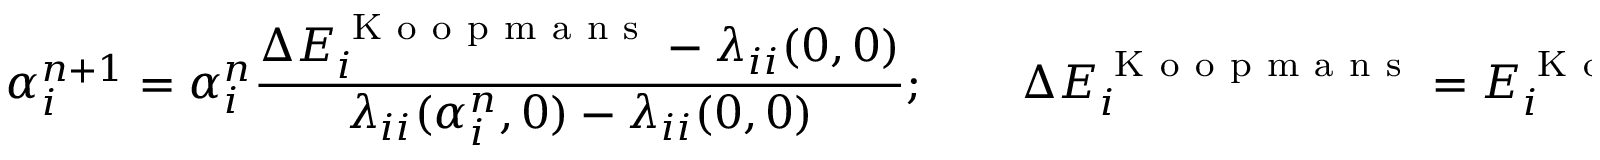
\alpha _ { i } ^ { n + 1 } = \alpha _ { i } ^ { n } \frac { \Delta E _ { i } ^ { \mathrm { ~ K ~ o ~ o ~ p ~ m ~ a ~ n ~ s ~ } } - \lambda _ { i i } ( 0 , 0 ) } { \lambda _ { i i } ( \alpha _ { i } ^ { n } , 0 ) - \lambda _ { i i } ( 0 , 0 ) } ; \qquad \Delta E _ { i } ^ { \mathrm { ~ K ~ o ~ o ~ p ~ m ~ a ~ n ~ s ~ } } = E _ { i } ^ { \mathrm { ~ K ~ o ~ o ~ p ~ m ~ a ~ n ~ s ~ } } ( N + 1 ) - E ^ { \mathrm { ~ K ~ o ~ o ~ p ~ m ~ a ~ n ~ s ~ } } ( N )